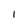
Character: 1